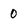
Character: 0